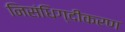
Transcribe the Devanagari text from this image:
निसंधिग्दीकरण